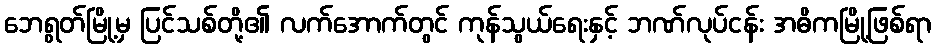
ဘေရွတ်မြို့မှ ပြင်သစ်တို့၏ လက်အောက်တွင် ကုန်သွယ်ရေးနှင့် ဘဏ်လုပ်ငန်း အဓိကမြို့ဖြစ်ရာ